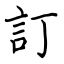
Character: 訂